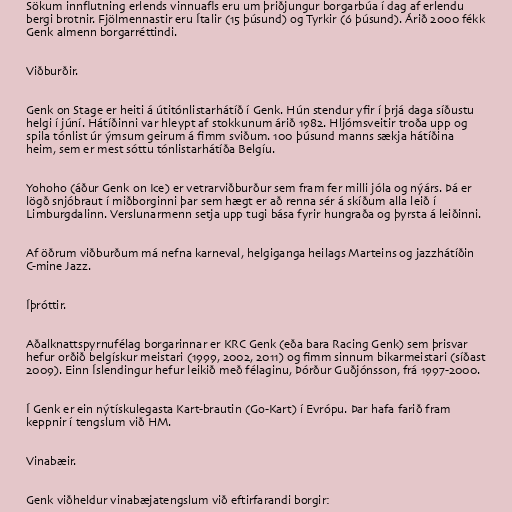
Sökum innflutning erlends vinnuafls eru um þriðjungur borgarbúa í dag af erlendu
bergi brotnir. Fjölmennastir eru Ítalir (15 þúsund) og Tyrkir (6 þúsund). Árið 2000 fékk
Genk almenn borgarréttindi.

Viðburðir.

Genk on Stage er heiti á útitónlistarhátíð í Genk. Hún stendur yfir í þrjá daga síðustu
helgi í júní. Hátíðinni var hleypt af stokkunum árið 1982. Hljómsveitir troða upp og
spila tónlist úr ýmsum geirum á fimm sviðum. 100 þúsund manns sækja hátíðina
heim, sem er mest sóttu tónlistarhátíða Belgíu.

Yohoho (áður Genk on Ice) er vetrarviðburður sem fram fer milli jóla og nýárs. Þá er
lögð snjóbraut í miðborginni þar sem hægt er að renna sér á skíðum alla leið í
Limburgdalinn. Verslunarmenn setja upp tugi bása fyrir hungraða og þyrsta á leiðinni.

Af öðrum viðburðum má nefna karneval, helgiganga heilags Marteins og jazzhátíðin
C-mine Jazz.

Íþróttir.

Aðalknattspyrnufélag borgarinnar er KRC Genk (eða bara Racing Genk) sem þrisvar
hefur orðið belgískur meistari (1999, 2002, 2011) og fimm sinnum bikarmeistari (síðast
2009). Einn Íslendingur hefur leikið með félaginu, Þórður Guðjónsson, frá 1997-2000.

Í Genk er ein nýtískulegasta Kart-brautin (Go-Kart) í Evrópu. Þar hafa farið fram
keppnir í tengslum við HM.

Vinabæir.

Genk viðheldur vinabæjatengslum við eftirfarandi borgir: